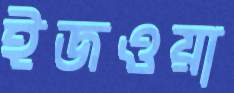
ইজওয়া